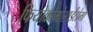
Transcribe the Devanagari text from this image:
फियोक्रोमोसाईटोमा